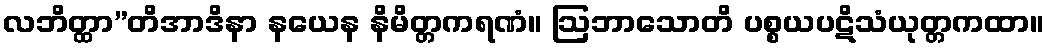
လဘိတ္ထာ”တိအာဒိနာ နယေန နိမိတ္တကရဏံ။ ဩဘာသောတိ ပစ္စယပဋိသံယုတ္တကထာ။